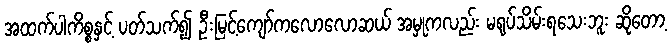
အထက်ပါကိစ္စနှင့် ပတ်သက်၍ ဦးမြင့်ကျော်ကလောလောဆယ် အမှုကလည်း မရုပ်သိမ်းရသေးဘူး ဆိုတော့